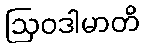
ဩဝဒါမာတိ